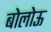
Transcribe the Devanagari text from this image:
बोलोऊ